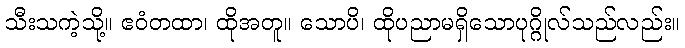
သီးသကဲ့သို့။ ဧဝံတထာ၊ ထိုအတူ။ သောပိ၊ ထိုပညာမရှိသောပုဂ္ဂိုလ်သည်လည်း။